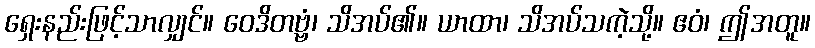
ရှေးနည်းဖြင့်သာလျှင်။ ဝေဒိတဗ္ဗံ၊ သိအပ်၏။ ယာထာ၊ သိအပ်သကဲ့သို့။ ဧဝံ၊ ဤအတူ။